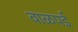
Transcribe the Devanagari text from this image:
वाळपई